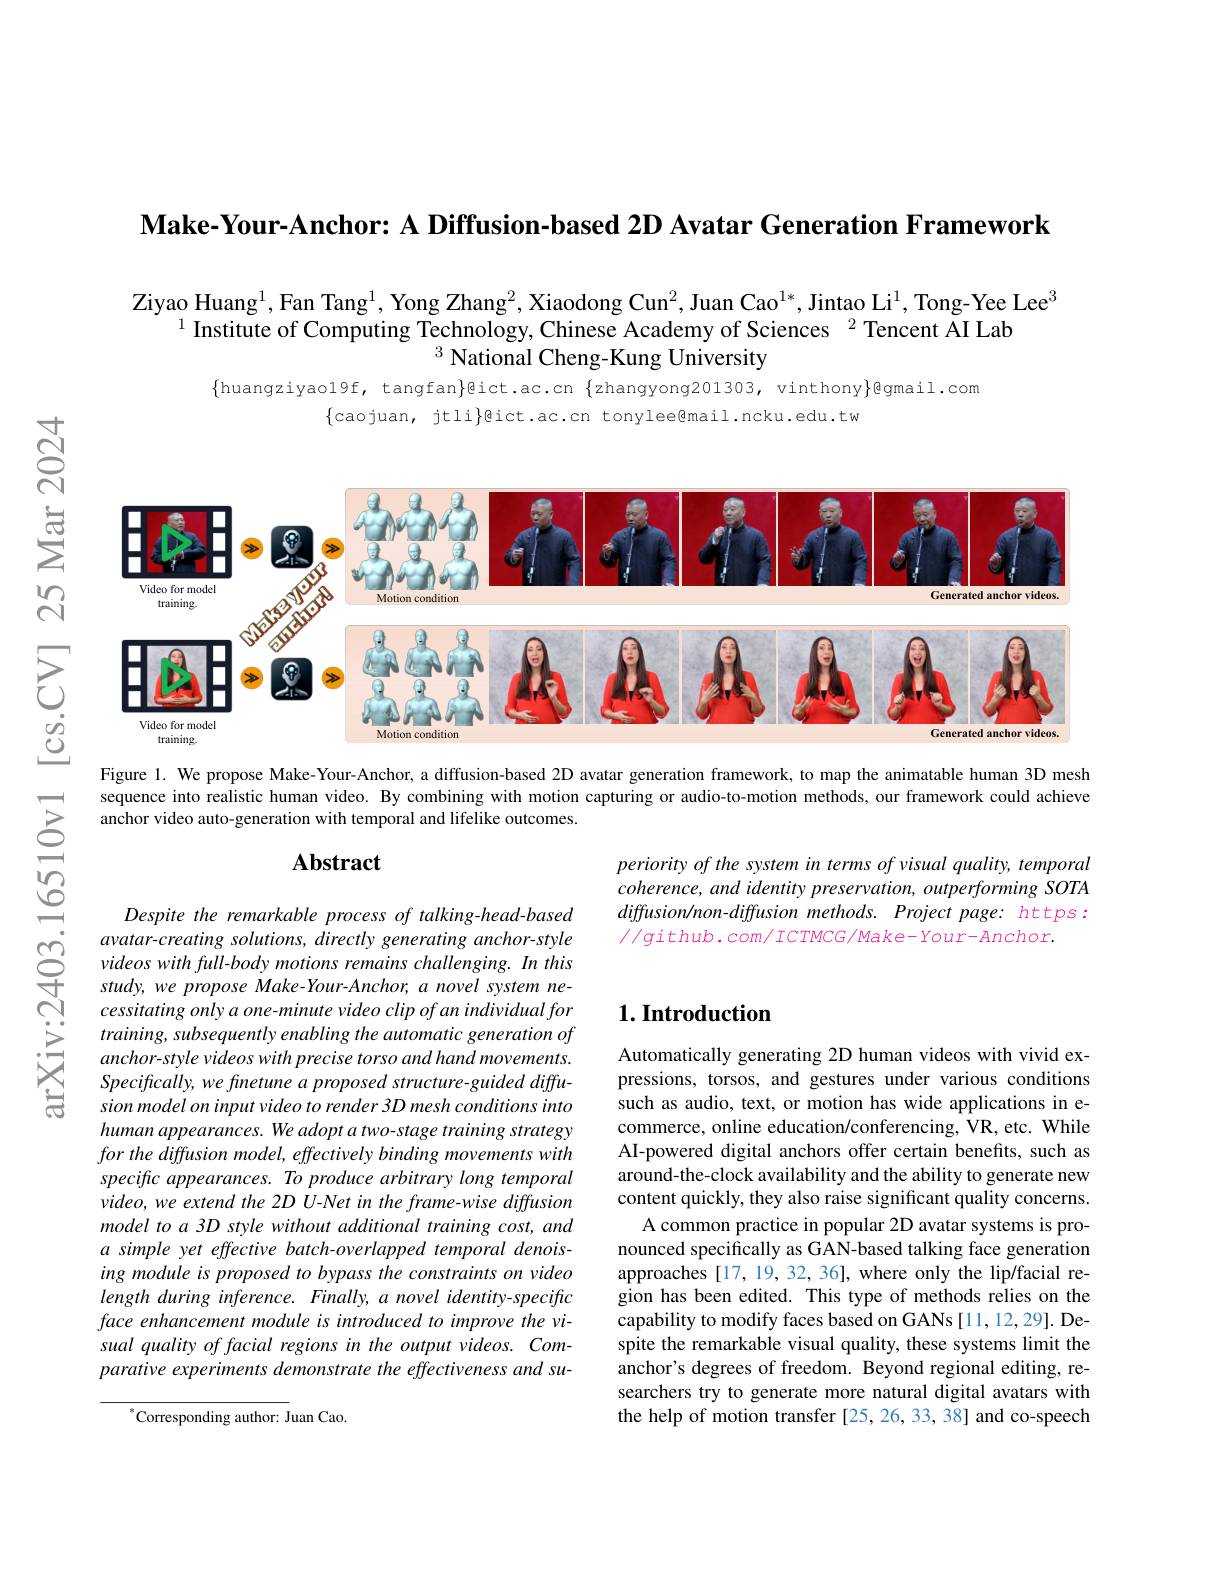
Make-Your-Anchor: A Diffusion-based 2D Avatar Generation Framework

Ziyao Huang$^1$,Fan Tang$^1$,Yong Zhang$^2$,Xiaodong Cun$^2$,Juan Cao$^1*$,Jintao Li$^1$, Tong-Yee Lee$^3$
$^{1}\bar{\text{Institute of Computing Technology, Chinese Academy of Sciences }}^{2}\bar{\text{Tencent AI Lab}}$
$^{3}$ National Cheng-Kung University

$\{$huangziyao19f, tangfan$\}$@ict.ac.cn $\{$zhangyong201303, vinthony$\}$@gmail.com
$\{$caojuan, jtli$\}$gict.ac.cn tonylee@mail.ncku.edu.tw

$ਨ੍ਰੋ$

$പ്പു$

<FigureHere>

$উত্তু$

Figure 1. We propose Make-Your-Anchor, a diffusion-based 2D avatar generation framework, to map the animatable human 3D mesh sequence into realistic human video. By combining with motion capturing or audio-to-motion methods, our framework could achieve anchor video auto-generation with temporal and lifelike outcomes.
$క్తె$

### $\mathbf{Abstract}$

periority of the system in terms of visual quality, temporal coherence, and identity preservation, outperforming SOTA diffusion/non- diffusion methods. Project page: https: $//github.com/ICTMCG/Make-Your-Anchor.$

### $1. \textbf{Introduction}$

Despite the remarkable process of talking-head-based
$\begin{array}{ccc}{\mathrm{Ci}}&{avatar-creating~solutions,directly~generating~anchor-style}\\{\mathrm{Ci}}&{videos~with~full-body~motions~remains~challenging.~In~this}\\{\mathrm{于}}&{study,we~propose~Make-Your-Anchor,~a~novel~system~ne-}\end{array}$
cessitating only a one-minute video clip of an individual for training, subsequently enabling the automatic generation of anchor-style videos with precise torso and hand movements. Specifically, we finetune a proposed structure- guided diffusion model on input video to render 3D mesh conditions into human appearances. We adopt a two-stage training strategy for the diffusion model, effectively binding movements with specific appearances. To produce arbitrary long temporal video, we extend the 2D U-Net in the frame-wise diffusion model to a 3D style without additional training cost, and a simple yet effective batch-overlapped temporal denoising module is proposed to bypass the constraints on video length during inference. Finally, a novel identity-specific face enhancement module is introduced to improve the visual quality of facial regions in the output videos. Comparative experiments demonstrate the effectiveness and su-

Automatically generating 2D human videos with vivid expressions, torsos, and gestures under various conditions such as audio, text, or motion has wide applications in ecommerce, online education/conferencing, VR, etc. While AI-powered digital anchors offer certain benefits, such as around-the-clock availability and the ability to generate new content quickly, they also raise significant quality concerns.
A common practice in popular 2D avatar systems is pronounced specifically as GAN-based talking face generation approaches [17, 19, 32, 36], where only the lip/facial region has been edited. This type of methods relies on the capability to modify faces based on GANs [11,12,29]. Despite the remarkable visual quality, these systems limit the anchor's degrees of freedom. Beyond regional editing, researchers try to generate more natural digital avatars with the help of motion transfer [25,26,33,38] and co-speech

$^{*}$Corresponding author: Juan Cao.